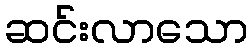
ဆင်းလာသော